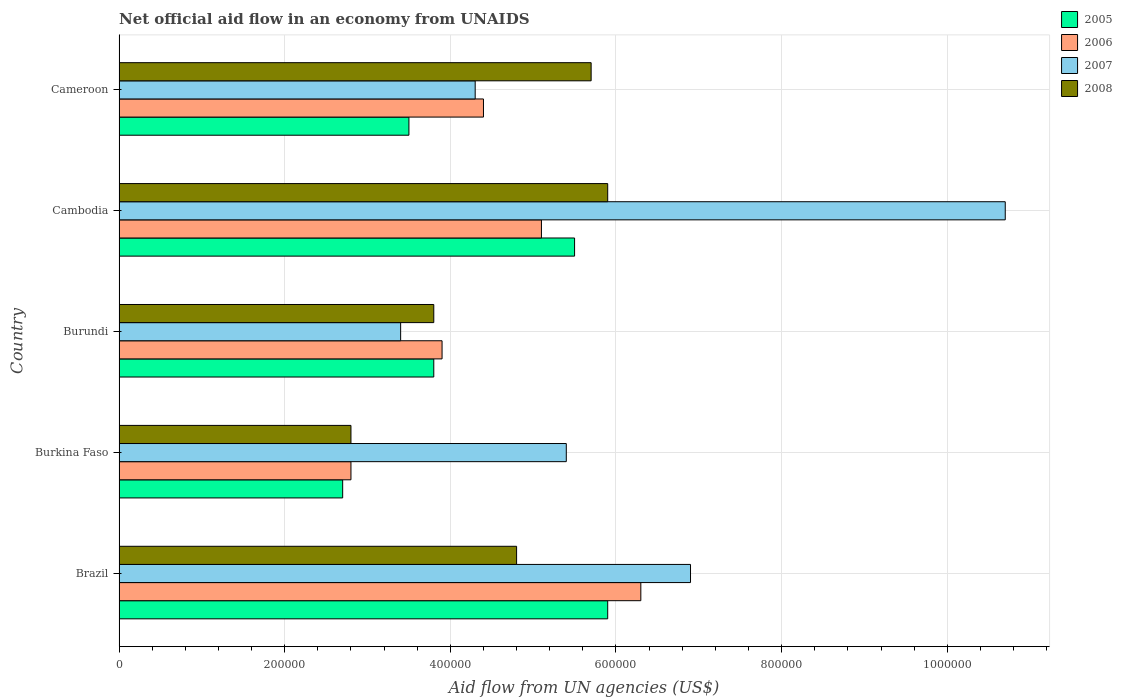
| Country | 2005 | 2006 | 2007 | 2008 |
 | --- | --- | --- | --- | --- |
 | Brazil | 5.9e+05 | 6.3e+05 | 6.9e+05 | 4.8e+05 |
 | Burkina Faso | 2.7e+05 | 2.8e+05 | 5.4e+05 | 2.8e+05 |
 | Burundi | 3.8e+05 | 3.9e+05 | 3.4e+05 | 3.8e+05 |
 | Cambodia | 5.5e+05 | 5.1e+05 | 1.07e+06 | 5.9e+05 |
 | Cameroon | 3.5e+05 | 4.4e+05 | 4.3e+05 | 5.7e+05 |